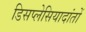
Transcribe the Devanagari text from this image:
डिसप्लेसियादांतों